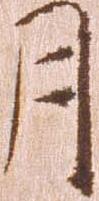
月